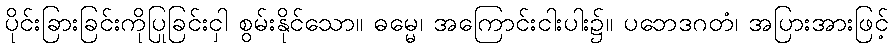
ပိုင်းခြားခြင်းကိုပြုခြင်းငှါ စွမ်းနိုင်သော။ ဓမ္မေ၊ အကြောင်းငါးပါး၌။ ပဘေဒဂတံ၊ အပြားအားဖြင့်